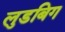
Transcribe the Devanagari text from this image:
लुडबिग